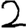
Digit: 2